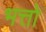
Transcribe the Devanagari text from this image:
भत्तो